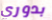
بدوري